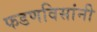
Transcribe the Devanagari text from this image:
फडणविसांनी